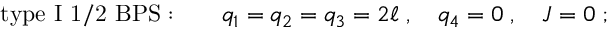
\mathrm { t y p e ~ I ~ 1 / 2 ~ B P S : } \qquad q _ { 1 } = q _ { 2 } = q _ { 3 } = 2 \ell \; , \quad q _ { 4 } = 0 \; , \quad J = 0 \; ;